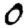
Digit: 0